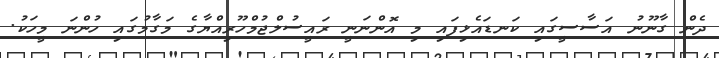
ދެން ގާނޫނު އަސާސީގައި ކަނޑައެޅިފައި މި އޮންނަނީ ރައީސުލްޖުމްހޫރިއްޔާގެ މަގާމުގައި ހުންނަ މީހަކު.